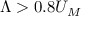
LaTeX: \Lambda > 0 . 8 U _ { M }